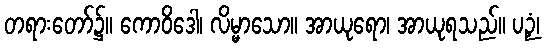
တရားတော်၌။ ကောဝိဒေါ၊ လိမ္မာသော။ အာယုရော၊ အာယုရသည်။ ပဉှံ၊